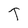
Character: T